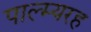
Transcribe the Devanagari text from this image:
पाल्म्यरह